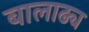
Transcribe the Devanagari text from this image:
बालाढ्य